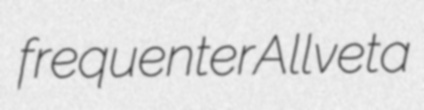
frequenter Allveta